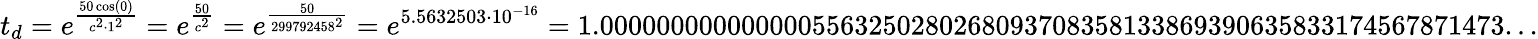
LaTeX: t_{d}=e^{\frac{50\cos(0)}{c^{2}\cdot 1^{2}}}=e^{\frac{50}{c^{2}}}=e^{\frac{50}{299792458^{2}}}=e^{5.5632503\cdot 10^{-16}}=1.0000000000000005563250280268093708358133869390635833174567871473...